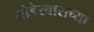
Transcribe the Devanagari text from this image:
घोडेस्वाराच्या